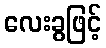
လေးခွဖြင့်